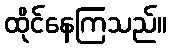
ထိုင်နေကြသည်။